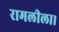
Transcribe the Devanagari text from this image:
रामलीला।